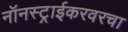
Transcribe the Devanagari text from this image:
नॉनस्ट्राईकरवरचा